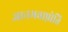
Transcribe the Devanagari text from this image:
ज्ञानमवाप्नोति